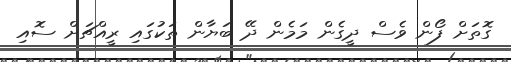
ގޮތަށް ފޯން ވެސް ދީގެން މަމެން ދޭ ބަޔާން ތަކުގައި ރީއްޗަށް ސޮއި